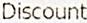
DISCOUNT